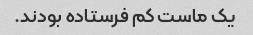
یک ماست کم فرستاده بودند.